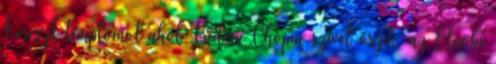
Kereszt templomot ahol Frédéric Chopin szívét őrzik, az Elnöki